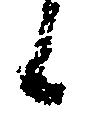
候